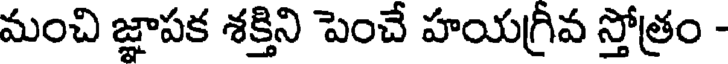
మంచి జ్ఞాపక శక్తిని పెంచే హయగ్రీవ స్తోత్రం -